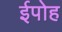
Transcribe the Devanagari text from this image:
ईपोह